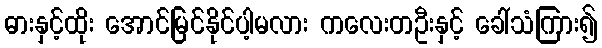
ဓားနှင့်ထိုး အောင်မြင်နိုင်ပါ့မလား ကလေးတဦးနှင့် ခေါ်သံကြား၍